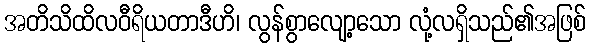
အတိသိထိလဝီရိယတာဒီဟိ၊ လွန်စွာလျော့သော လုံ့လရှိသည်၏အဖြစ်